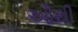
ઔથી